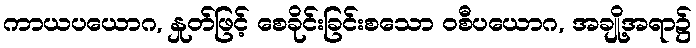
ကာယပယောဂ, နှုတ်ဖြင့် စေခိုင်းခြင်းစသော ဝစီပယောဂ, အချို့အရာ၌